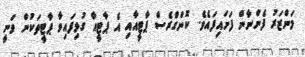
މަންޒަރު ފެންނާން ފަށައިފައެވެ. ކޮންގްރެސް ޕާޓީއާއި އެ ޕާޓީއާ ގުޅިފައިވާ ޕާޓީތަކުން ވަނީ